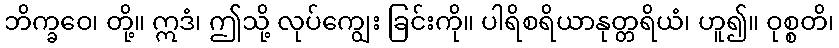
ဘိက္ခဝေ၊ တို့။ ဣဒံ၊ ဤသို့ လုပ်ကျွေး ခြင်းကို။ ပါရိစရိယာနုတ္တရိယံ၊ ဟူ၍။ ဝုစ္စတိ၊